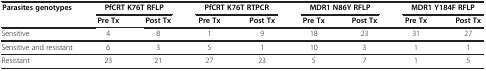
| <ROWSPAN=2> Parasites genotypes | <COLSPAN=2> PfCRT K76T RFLP | <COLSPAN=2> PfCRT K76T RTPCR | <COLSPAN=2> MDR1 N86Y RFLP | <COLSPAN=2> MDR1 Y184F RFLP |
 | Pre Tx | Post Tx | Pre Tx | Post Tx | Pre Tx | Post Tx | Pre Tx | Post Tx |
 | --- | --- | --- | --- | --- | --- | --- | --- | --- |
 | Sensitive | 4 | 8 | 1 | 9 | 18 | 23 | 31 | 27 |
 | Sensitive and resistant | 6 | 3 | 5 | 1 | 10 | 3 | 1 | 1 |
 | Resistant | 23 | 21 | 27 | 23 | 5 | 7 | 1 | 5 |